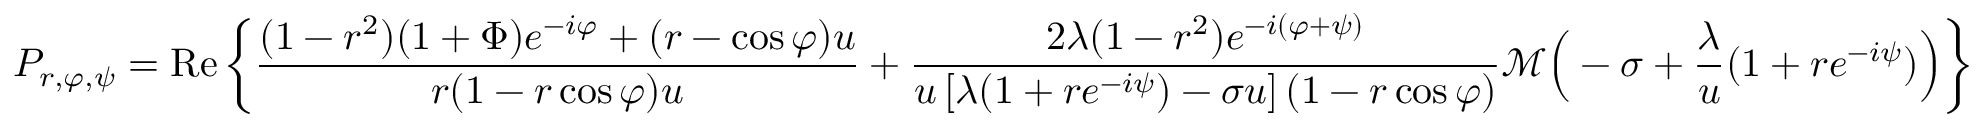
P _ { r , \varphi , \psi } = \mathrm { R e } \left\{ \frac { ( 1 - r ^ { 2 } ) ( 1 + \Phi ) e ^ { - i \varphi } + ( r - \cos \varphi ) u } { r ( 1 - r \cos \varphi ) u } + \frac { 2 \lambda ( 1 - r ^ { 2 } ) e ^ { - i ( \varphi + \psi ) } } { u \left[ \lambda ( 1 + r e ^ { - i \psi } ) - \sigma u \right] ( 1 - r \cos \varphi ) } \mathcal M \Big ( - \sigma + \frac { \lambda } { u } ( 1 + r e ^ { - i \psi } ) \Big ) \right\}